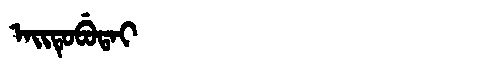
Manchu: ᠠᡳᡨᡠᠪᡠᡨᠠᡳ
Romanization: AITUBUTAI